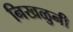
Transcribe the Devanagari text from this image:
निखळुनी